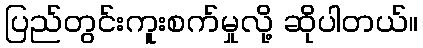
ပြည်တွင်းကူးစက်မှုလို့ ဆိုပါတယ်။